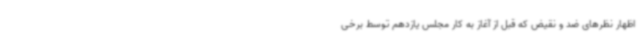
اظهار نظرهای ضد و نقیض که قبل از آغاز به کار مجلس یازدهم توسط برخی